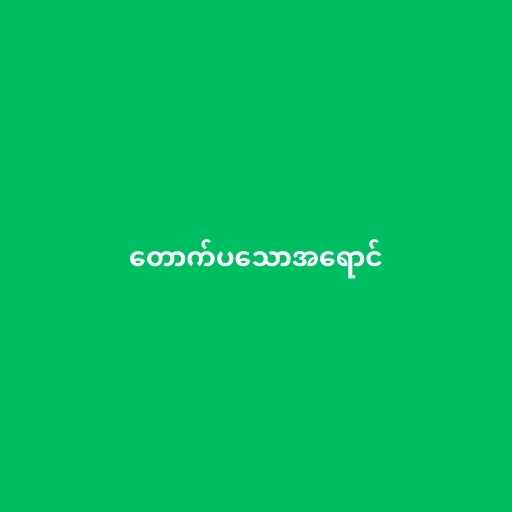
တောက်ပသောအရောင်